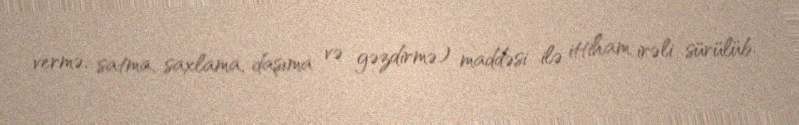
vermə, satma, saxlama, daşıma və gəzdirmə) maddəsi ilə ittiham irəli sürülüb.